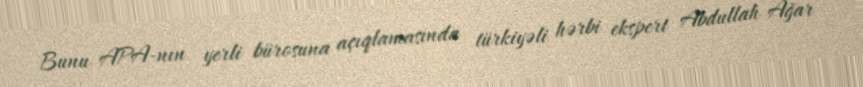
Bunu APA-nın yerli bürosuna açıqlamasında türkiyəli hərbi ekspert Abdullah Ağar